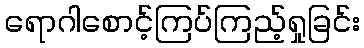
ရောဂါစောင့်ကြပ်ကြည့်ရှုခြင်း